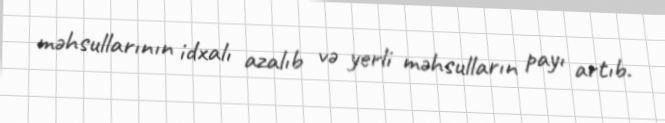
məhsullarının idxalı azalıb və yerli məhsulların payı artıb.